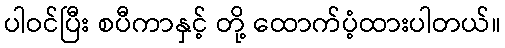
ပါဝင်ပြီး စပီကာနှင့် တို့ ထောက်ပံ့ထားပါတယ်။